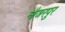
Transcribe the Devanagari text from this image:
नौजरपुर